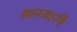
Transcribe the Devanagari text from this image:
महामहर्षि